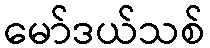
မော်ဒယ်သစ်